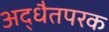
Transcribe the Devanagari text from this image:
अद्धैतपरक